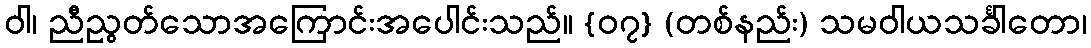
ဝါ၊ ညီညွတ်သောအကြောင်းအပေါင်းသည်။ {၀၇} (တစ်နည်း) သမဝါယသင်္ခါတော၊